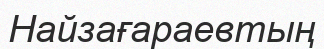
Найзағараевтың